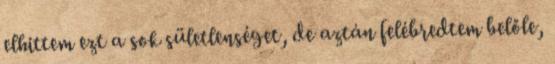
elhittem ezt a sok sületlenséget, de aztán felébredtem belőle,